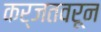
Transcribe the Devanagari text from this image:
कर्जतवरून